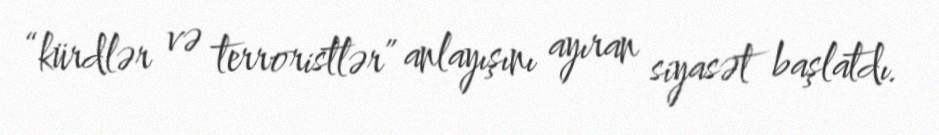
“kürdlər və terroristlər” anlayışını ayıran siyasət başlatdı.